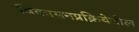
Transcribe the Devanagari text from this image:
विकासनप्रक्रियेतील